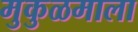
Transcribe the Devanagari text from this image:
मुकुळमाला